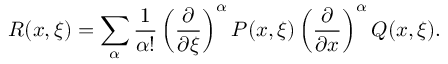
R ( x , \xi ) = \sum _ { \alpha } { \frac { 1 } { \alpha ! } } \left( { \frac { \partial } { \partial \xi } } \right) ^ { \alpha } P ( x , \xi ) \left( { \frac { \partial } { \partial x } } \right) ^ { \alpha } Q ( x , \xi ) .